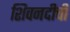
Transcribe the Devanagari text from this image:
शिवनदीची